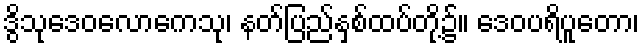
ဒွိသုဒေဝလောကေသု၊ နတ်ပြည်နှစ်ထပ်တို့၌။ ဒေဝပရိပူတော၊